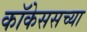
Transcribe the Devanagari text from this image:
कॉकेससच्या